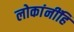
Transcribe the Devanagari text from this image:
लोकांनींहि